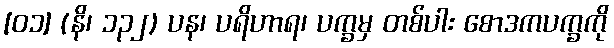
[၀၁] (နိ၊ ၁၃၂) ပန၊ ပရိဟာရ၊ ပက္ခမှ တစ်ပါး စောဒကပက္ခကို